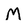
Character: M